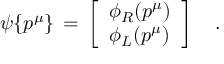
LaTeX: \psi \{ p ^ { \mu } \} \, = \, \left[ \begin{array} { c } { { \phi _ { R } ( p ^ { \mu } ) } } \\ { { \phi _ { L } ( p ^ { \mu } ) } } \end{array} \right] \quad .